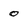
Character: o